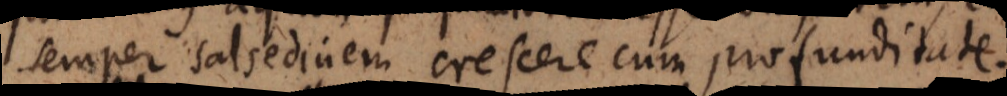
semper salsedinem crescere cum profunditate.